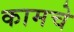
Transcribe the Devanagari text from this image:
कामचे